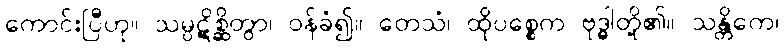
ကောင်းပြီဟု။ သမ္ပဋိစ္ဆိတွာ၊ ဝန်ခံ၍။ တေသံ၊ ထိုပစ္စေက ဗုဒ္ဓါတို့၏။ သန္တိကေ၊